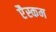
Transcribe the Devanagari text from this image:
एैस्कम